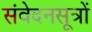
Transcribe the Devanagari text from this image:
संवेदनसूत्रों